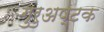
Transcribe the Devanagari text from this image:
गुरुअष्टक